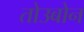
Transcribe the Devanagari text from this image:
तोउबोन